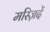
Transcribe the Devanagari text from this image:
मस्ज़िदें